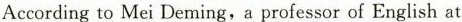
According to Mei Deming,a professor of English at